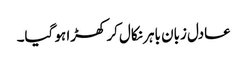
عادل زبان باہر نکال کر کھڑا ہو گیا۔